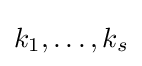
k_{1},\dotsc ,k_{s}